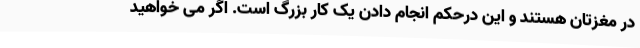
در مغزتان هستند و این درحکم انجام دادن یک کار بزرگ است. اگر می خواهید